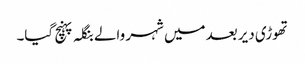
تھوڑی دیر بعد میں شہر والے بنگلہ پہنچ گیا۔